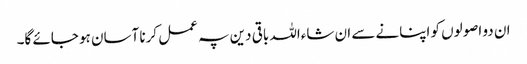
ان دو اصولوں کو اپنانے سے ان شاءاللہ باقی دین پہ عمل کرنا آسان ہو جائے گا۔